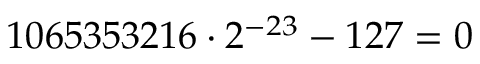
1 0 6 5 3 5 3 2 1 6 \cdot 2 ^ { - 2 3 } - 1 2 7 = 0